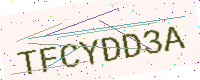
Text: TFCYDD3A